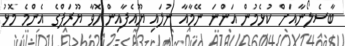
ބާސެލޯނާއަށް ކުޅެމުން އަންނަ ނޭމާއާ ނުލައި ޔޫއެފާއިން ހޮވާ ޔޫރަޕްގެ އެންމެ މޮޅު